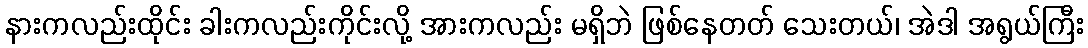
နားကလည်းထိုင်း ခါးကလည်းကိုင်းလို့ အားကလည်း မရှိဘဲ ဖြစ်နေတတ် သေးတယ်၊ အဲဒါ အရွယ်ကြီး